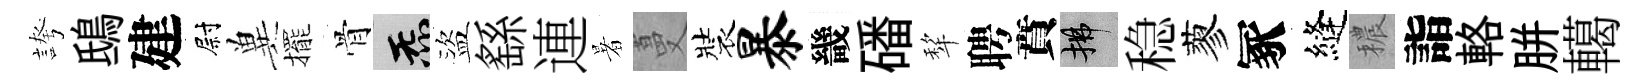
誇鴟建尉兾擺骨炁盜繇連暑蔓裝暴畿磻犂聘賁拂稳蓼冢縫穠詣輅胼轕